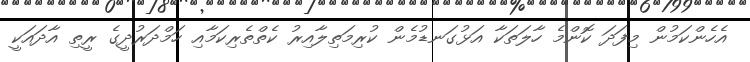
އެހެންކަމުން މިފަދަ ކޮންމެ ހާލަތަކާ އަޅުގަނޑުމެން ކުރިމަތިލާއިރު ކެތްތެރިކަމާއި ހަމްދަރުދީގެ ރީތި އާދައަކީ